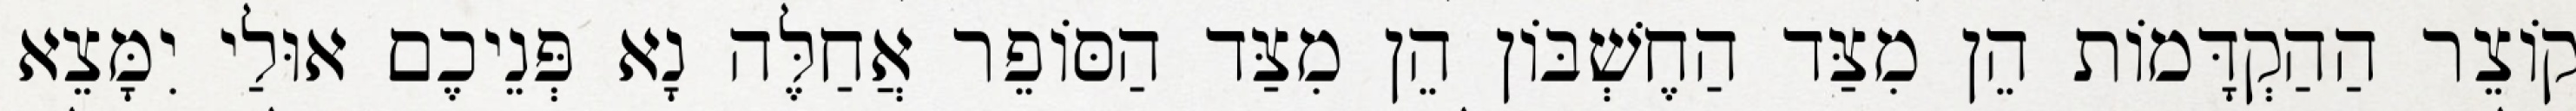
קוֹצֵר הַהַקְדָּמוֹת הֵן מִצַּד הַחֶשְׁבּוֹן הֵן מִצַּד הַסּוֹפֵר אֲחַלֶּה נָא פְּנֵיכֶם אוּלַי יִמָּצֵא